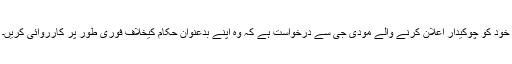
خود کو چوکیدار اعلان کرنے والے مودی جی سے درخواست ہے کہ وہ اپنے بدعنوان حکام کیخلاف فوری طور پر کارروائی کریں۔